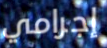
إجرامي